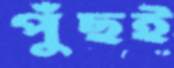
পুঁছই